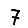
Digit: 7